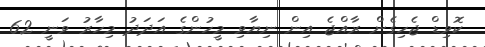
ކޮވިޑް ޖެހިގެން ރާއްޖެ އިން ނިޔާވި މީހުންގެ އަދަދު މިހާރު ވަނީ 62